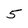
Character: 5